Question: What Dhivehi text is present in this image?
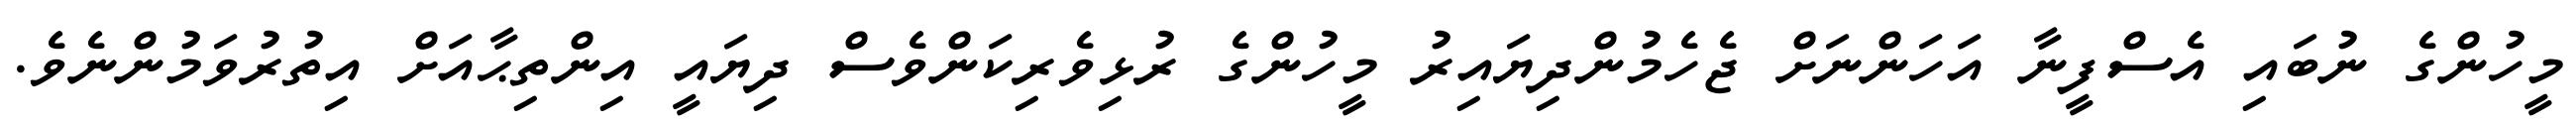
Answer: މީހުންގެ ނުބައި އެސްފީނާ އަހަންނަށް ޖެހެމުންދިޔައިރު މީހުންގެ ރުޅިވެރިކަންވެސް ދިޔައީ އިންތިޙާއަށް އިތުރުވަމުންނެވެ.